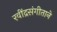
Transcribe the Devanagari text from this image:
रवींद्रसंगीताने